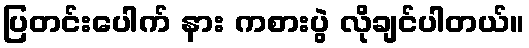
ပြတင်းပေါက် နား ကစားပွဲ လိုချင်ပါတယ်။